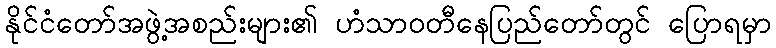
နိုင်ငံတော်အဖွဲ့အစည်းများ၏ ဟံသာဝတီနေပြည်တော်တွင် ပြောရမှာ